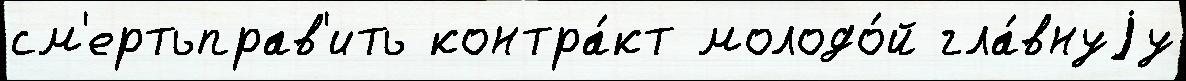
см'ертьправ'ить контра́кт молодо́й гла́внуjу